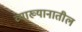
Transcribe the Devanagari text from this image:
व्याख्यानातील